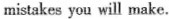
mistakes you will make.